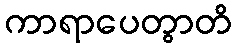
ကာရာပေတွာတိ